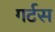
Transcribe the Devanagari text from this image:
गर्टस